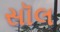
સૉલ